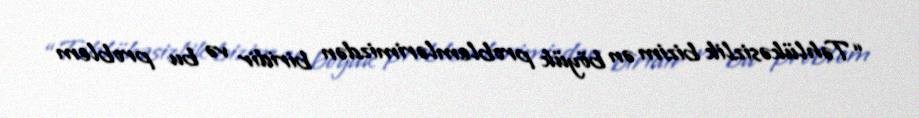
“Təhlükəsizlik bizim ən böyük problemlərimizdən biridir və bu problem